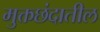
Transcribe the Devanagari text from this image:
मुक्तछंदातील